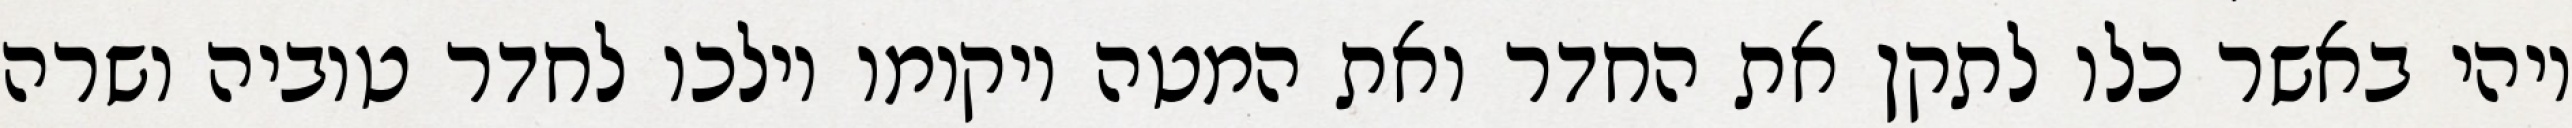
ויהי באשר כלו לתקן את החדר ואת המטה ויקומו וילכו לחדר טוביה ושרה